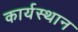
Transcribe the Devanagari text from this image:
कार्यस्‍थान